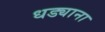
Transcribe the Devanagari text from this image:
धड्याना